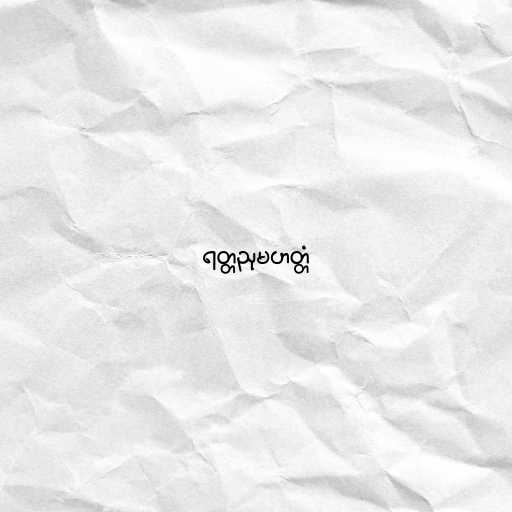
ရတ္တညုမဟတ္တံ